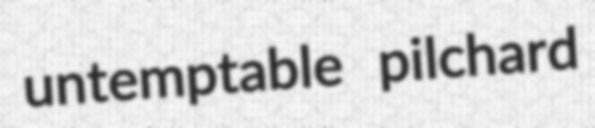
untemptable pilchard